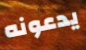
يدعونه